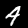
Label: 4